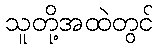
သူတို့အထဲတွင်